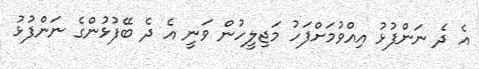
އެ ދެ ނަންފުޅު އިއްވުމަށްފަހު މަޖިލީހުން ވަނީ އެ ދެ ބޭފުޅުންގެ ނަންފުޅު